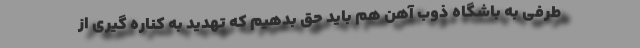
طرفی به باشگاه ذوب آهن هم باید حق بدهیم که تهدید به کناره گیری از